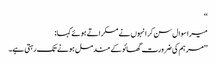
‘‘
میرا سوال سن کر انہوں نے مسکراتے ہوئے کہا:
’’مرہم کی ضرورت گھائو کے مندمل ہونے تک رہتی ہے۔